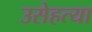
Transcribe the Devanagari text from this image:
उसेहत्या